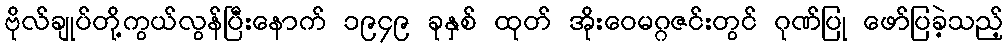
ဗိုလ်ချုပ်တို့ကွယ်လွန်ပြီးနောက် ၁၉၄၉ ခုနှစ် ထုတ် အိုးဝေမဂ္ဂဇင်းတွင် ဂုဏ်ပြု ဖော်ပြခဲ့သည့်